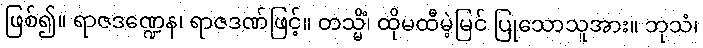
ဖြစ်၍။ ရာဇဒဏ္ဍေန၊ ရာဇဒဏ်ဖြင့်။ တသ္မိံ၊ ထိုမထီမဲ့မြင် ပြုသောသူအား။ ဘုသံ၊